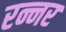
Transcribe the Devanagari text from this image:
रन्नर